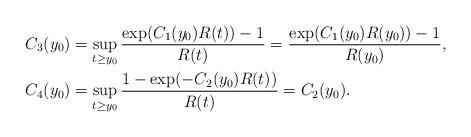
LaTeX: \begin{align*}C_3(y_0)&=\sup_{t\ge y_0}\frac{\exp(C_1(y_0)R(t))-1}{R(t)}=\frac{\exp(C_1(y_0)R(y_0))-1}{R(y_0)},\\C_4(y_0)&=\sup_{t\ge y_0}\frac{1-\exp(-C_2(y_0)R(t))}{R(t)}=C_2(y_0).\end{align*}